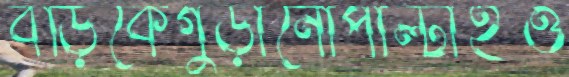
বড়িকেগুড়ানোপাল্‌টাইও